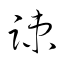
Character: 竦